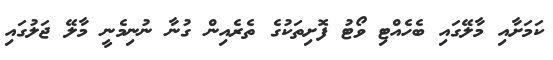
ކަމަށާއި މާލޭގައި ބެހެއްޓި ވޯޓު ފޮށިތަކުގެ ތެރެއިން ގުނާ ނުނިމެނީ މާލޭ ޖަލުގައި